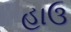
હાઉ